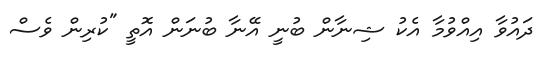
ދައުވާ އިއްވުމާ އެކު ޝިނާން ބުނީ އޭނާ ބުނަން އޮތީ "ކުރިން ވެސް